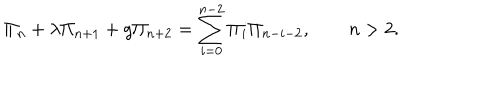
LaTeX: \Pi _ { n } + \lambda \Pi _ { n + 1 } + g \Pi _ { n + 2 } = \sum _ { i = 0 } ^ { n - 2 } \Pi _ { i } \Pi _ { n - i - 2 } , \qquad n > 2 .